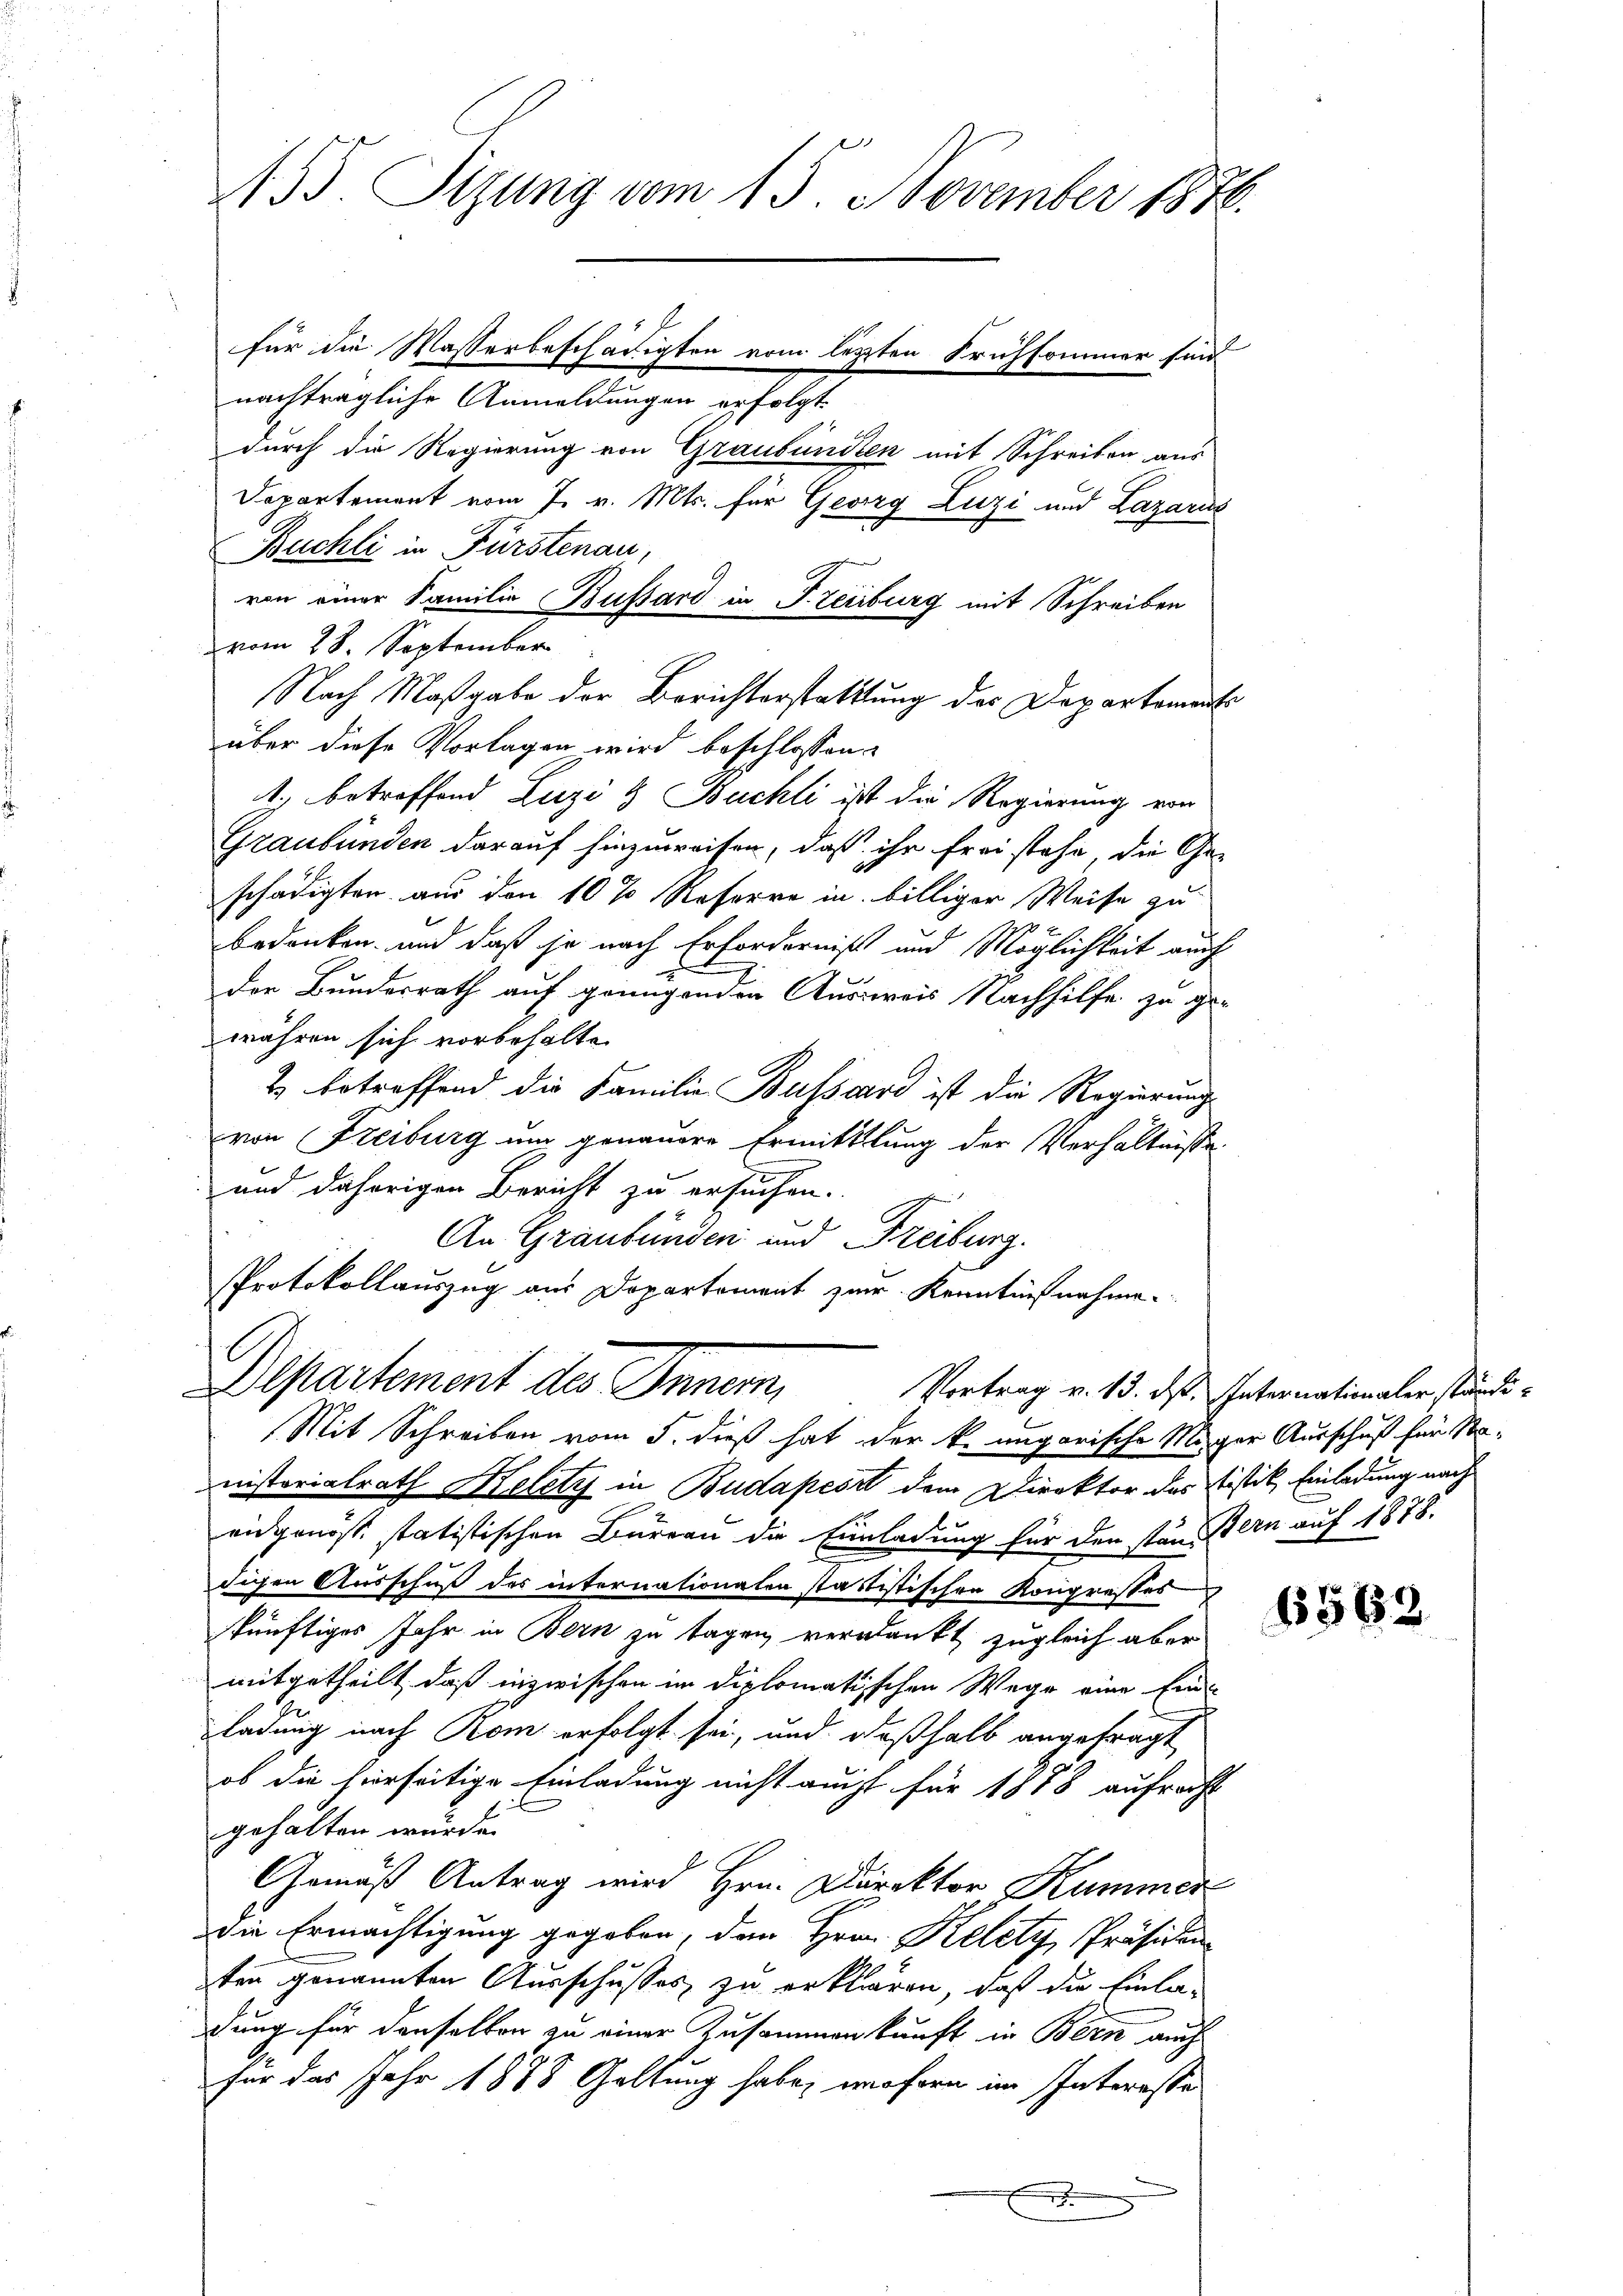
455. Tigung vom 15. November 1876.
für die Wasserbeschädigten vom letzten Frühsommer sind
nachträgliche Anmeldungen erfolgt.
durch die Regierung von Graubünden mit Schreiben aus
Departement vom 7. v. Mts. für Georg Luzi und Lazarus
Buchli in Fürstenau,
von einer Familie Bussard in Freiburg mit Schreiben
vom 28. September

Nach Maßgabe der Berichterstattlung des Departements
über diese Vorlagen wird beschlossen:
t. betreffend Luzi & Buchli ist die Regierung von
Graubünden darauf hinzuweisen, daß ihr frei stehe, die Ge-
schädigten aus den 10 % Referre in billiger Weise zu
Bedenken, und daß je nach Erforderniß und Möglichkeit auch
der Bundesrath auf grungenden Ausweis Nachhilfe zu ge-
währen sich vorbehalte
2) betreffend die Familie Bussard ist die Regierung
von Freiburg um genauere Ermittlung der Verhältnisse.
und daherigen Bericht zu ersuchen.
An Graubünden und Freiburg.
Protokollauszug aus Departement zur Kenntnißnahme.
Departement des Innern,
Vortrag v. 13. ds. Internationaler ständi¬
Mit Schreiben vom 5. dieß hat der k. ungarische Mänger Ausschuß für Stanisterialrath Helety in Budapest dem Direktor des Eistik, Einladung nach
eidgenösse statistischen Büreau die Einladung für den stand Bern auf 1878.
digen Ausschuß des internationalen stattistischen Kongrosses
künftiges Jahr in Bern zu tagen, verdankt zugleich aber
mitgetheilt, daß inzwischen in dielomatischen Wege eine Einladung nach Rom erfolgt sei, und deßhalb angefragt
ob die hierseitige Einladung nicht auch für 1888 aufrecht
gehalten wurde.
Gemäß Antrag wird Hrn. Direktor Kummer
die Ermächtigung gegeben, den Hrn. Kelcty, Präsiden
ten genannten Ausschusses zu erklären, daß die Einladung für denselben zu einer Zusammenkunft in Bern auch
für das Jahr 1888 Galtung habe, wofern im Interesse
.
e

5 f

6582